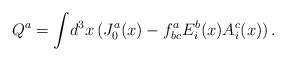
LaTeX: \begin{align*}Q^a=\int\! d^3x\,(J^a_0(x)-f^a_{bc}E^b_i(x)A^c_i(x))\,.\end{align*}